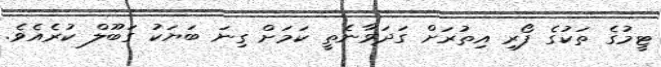
ޓީމުގެ ތަކުގެ ފޯރި އިތުރަށް ގަދަވާނެތީ ކަމަށް ގިނަ ބަޔަކު ގަބޫލް ކުރެއެވެ.